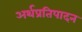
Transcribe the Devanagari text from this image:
अर्थप्रतिपादन